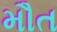
મૌત